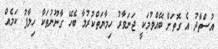
އުސްތާދު އެ ގޮތަށް ބޭއްވުމަކީ ޖަނަވާރު ހިމާޔަތްކުރުމާ ބެހޭ ގާނޫނުތަކާ ހިލާފު ކަމެއް